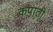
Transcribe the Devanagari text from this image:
कपाती